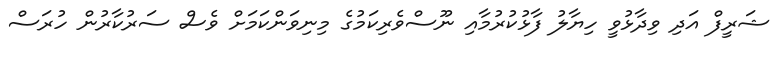
ޝަރީފް އަދި ވިދާޅުވީ ހިޔާލު ފާޅުކުރުމާއި ނޫސްވެރިކަމުގެ މިނިވަންކަމަށް ވެސް ސަރުކާރުން ހުރަސް